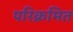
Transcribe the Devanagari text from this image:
परिक्रमित